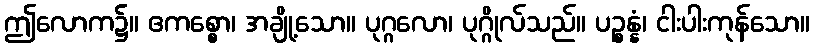
ဤလောက၌။ ဧကစ္စော၊ အချို့သော။ ပုဂ္ဂလော၊ ပုဂ္ဂိုလ်သည်။ ပဉ္စန္နံ၊ ငါးပါးကုန်သော။